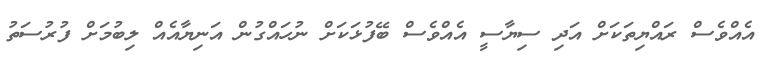
އެއްވެސް ރައްޔިތަކަށް އަދި ސިޔާސީ އެއްވެސް ބޭފުޅަކަށް ނުހައްގުން އަނިޔާއެއް ލިބުމަށް ފުރުސަތު